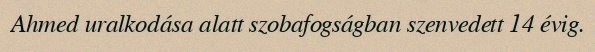
Ahmed uralkodása alatt szobafogságban szenvedett 14 évig.